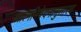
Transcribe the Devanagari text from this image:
आत्मनिवेदनानुसारच